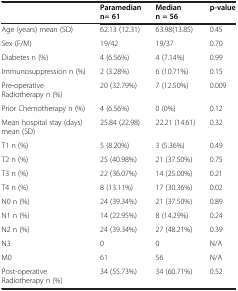
|  | Paramedian n= 61 | Median n = 56 | p-value |
 | --- | --- | --- | --- |
 | Age (years) mean (SD) | 62.13 (12.31) | 63.98(13.85) | 0.45 |
 | Sex (F/M) | 19/42 | 19/37 | 0.70 |
 | Diabetes n (%) | 4 (6.56%) | 4 (7.14%) | 0.99 |
 | Immunosuppression n (%) | 2 (3.28%) | 6 (10.71%) | 0.15 |
 | Pre-operative Radiotherapy n (%) | 20 (32.79%) | 7 (12.50%) | 0.009 |
 | Prior Chemotherapy n (%) | 4 (6.56%) | 0 (0%) | 0.12 |
 | Mean hospital stay (days) mean (SD) | 25.84 (22.98) | 22.21 (14.61) | 0.32 |
 | T1 n (%) | 5 (8.20%) | 3 (5.36%) | 0.49 |
 | T2 n (%) | 25 (40.98%) | 21 (37.50%) | 0.75 |
 | T3 n (%) | 22 (36.07%) | 14 (25.00%) | 0.21 |
 | T4 n (%) | 8 (13.11%) | 17 (30.36%) | 0.02 |
 | N0 n (%) | 24 (39.34%) | 21 (37.50%) | 0.89 |
 | N1 n (%) | 14 (22.95%) | 8 (14.29%) | 0.24 |
 | N2 n (%) | 24 (39.34%) | 27 (48.21%) | 0.39 |
 | N3 | 0 | 0 | N/A |
 | M0 | 61 | 56 | N/A |
 | Post-operative Radiotherapy n (%) | 34 (55.73%) | 34 (60.71%) | 0.52 |